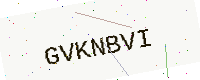
Text: GVKNBVI